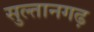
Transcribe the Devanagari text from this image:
सुल्तानगढ़